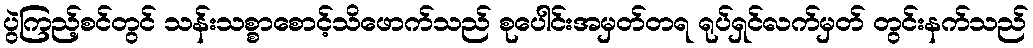
ပွဲကြည့်စင်တွင် သန်းသစ္စာစောင့်သိဖောက်သည် စုပေါင်းအမှတ်တရ ရုပ်ရှင်လက်မှတ် တွင်းနက်သည်